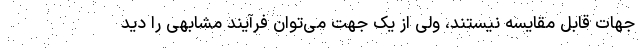
جهات قابل مقایسه نیستند، ولی از یک جهت می‌توان فرآیند مشابهی را دید